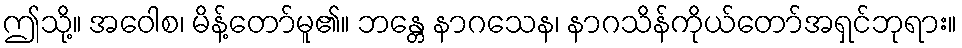
ဤသို့။ အဝေါစ၊ မိန့်တော်မူ၏။ ဘန္တေ နာဂသေန၊ နာဂသိန်ကိုယ်တော်အရှင်ဘုရား။